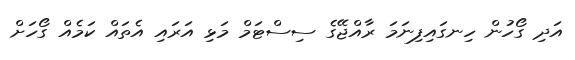
އަދި ގޯހުން ހިނގައިފިނަމަ ރާއްޖޭގެ ސިސްޓަމް މަޅި އަރައި އެތައް ކަމެއް ގޯހަށް